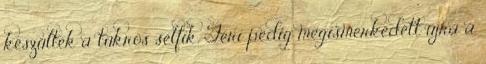
készültek a tükrös selfik. Feri pedig megismerkedett újra a